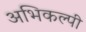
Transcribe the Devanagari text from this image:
अभिकल्पी